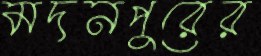
মদনপুরের